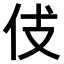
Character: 𠇞